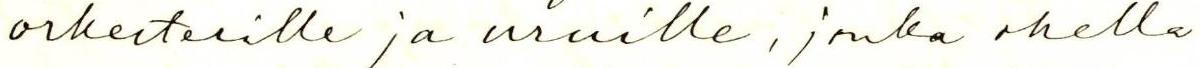
orkesterille ja uruille, jonka ohella